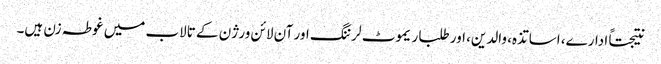
نتیجتاً ادارے، اساتذہ، والدین، اور طلبا ریموٹ لرننگ اور آن لائن ورژن کے تالاب میں غوطہ زن ہیں۔